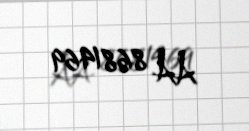
AA 8681469